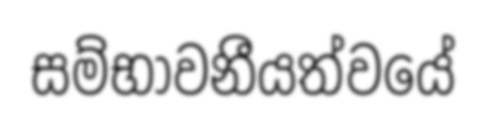
සම්භාවනීයත්වයේ